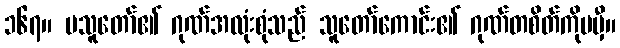
၁၆၇။ မသူတော်၏ ဂုဏ်အလုံးစုံသည် သူတော်ကောင်း၏ ဂုဏ်တစိတ်ကိုမမှီ။